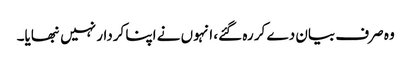
وہ صرف بیان دے کر رہ گئے، انہوں نے اپنا کردار نہیں نبھایا۔